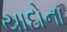
યાદોના